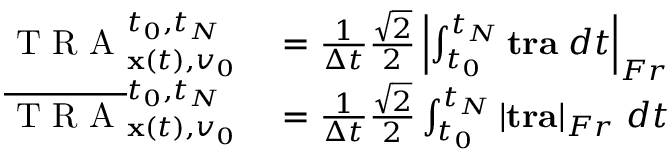
\begin{array} { r l } { \mathrm { ~ T ~ R ~ A ~ } _ { { \mathbf x } ( t ) , v _ { 0 } } ^ { t _ { 0 } , t _ { N } } } & { { } = \frac { 1 } { \Delta t } \frac { \sqrt { 2 } } { 2 } \left| \int _ { t _ { 0 } } ^ { t _ { N } } \mathbf { t r a } \; d t \right| _ { F r } } \\ { \overline { { \mathrm { ~ T ~ R ~ A ~ } } } _ { { \mathbf x } ( t ) , v _ { 0 } } ^ { t _ { 0 } , t _ { N } } } & { { } = \frac { 1 } { \Delta t } \frac { \sqrt { 2 } } { 2 } \int _ { t _ { 0 } } ^ { t _ { N } } \left| \mathbf { t r a } \right| _ { F r } \, d t } \end{array}